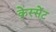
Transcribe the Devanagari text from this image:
क्रेस्सेंट